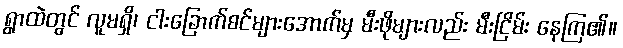
ရွာထဲတွင် လူမရှိ၊ ငါးခြောက်စင်များအောက်မှ မီးဖိုများလည်း မီးငြိမ်း နေကြ၏။